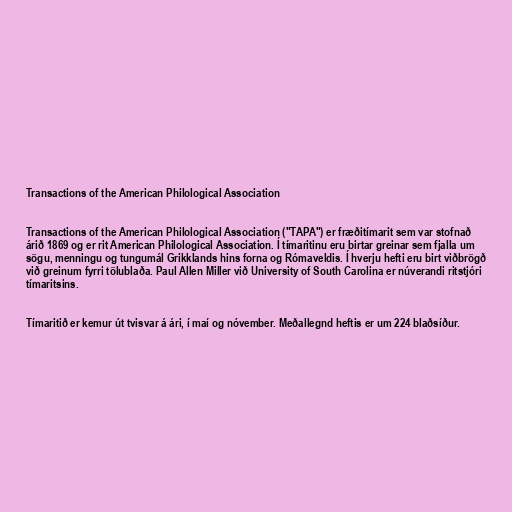
Transactions of the American Philological Association

Transactions of the American Philological Association ("TAPA") er fræðitímarit sem var stofnað
árið 1869 og er rit American Philological Association. Í tímaritinu eru birtar greinar sem fjalla um
sögu, menningu og tungumál Grikklands hins forna og Rómaveldis. Í hverju hefti eru birt viðbrögð
við greinum fyrri tölublaða. Paul Allen Miller við University of South Carolina er núverandi ritstjóri
tímaritsins.

Tímaritið er kemur út tvisvar á ári, í maí og nóvember. Meðallegnd heftis er um 224 blaðsíður.